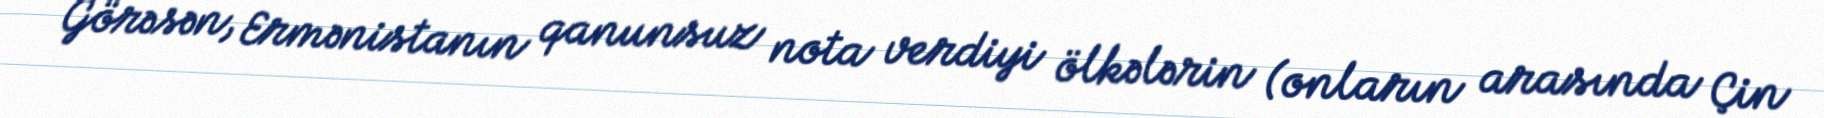
Görəsən, Ermənistanın qanunsuz nota verdiyi ölkələrin (onların arasında Çin